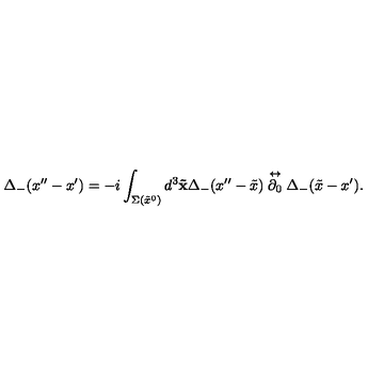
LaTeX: \Delta _ { - } ( x ^ { \prime \prime } - x ^ { \prime } ) = - i \int _ { \Sigma ( \tilde { x } ^ { 0 } ) } d ^ { 3 } { \bf \tilde { x } } \Delta _ { - } ( x ^ { \prime \prime } - \tilde { x } ) \stackrel { \leftrightarrow } { \partial _ { 0 } } \Delta _ { - } ( \tilde { x } - x ^ { \prime } ) .